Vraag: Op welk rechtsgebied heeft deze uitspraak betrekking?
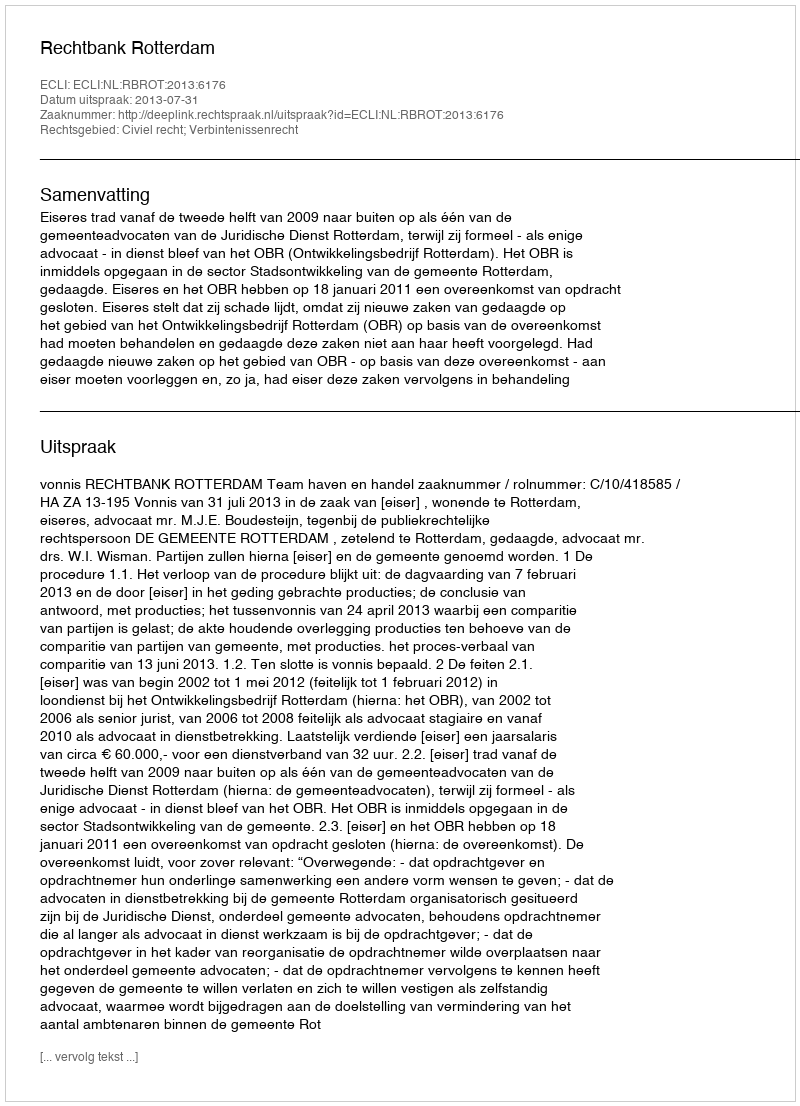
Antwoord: Civiel recht; Verbintenissenrecht